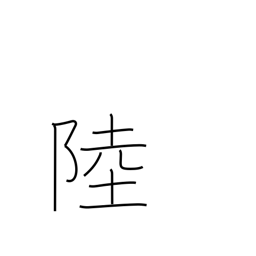
Meaning: six